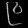
Digit: ၉